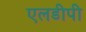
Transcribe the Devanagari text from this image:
एलडीपी